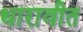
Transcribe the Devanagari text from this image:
धारावीत